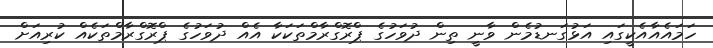
ހަމައެއާއެކީގައި އަޅުގަނޑުމެން ވާނީ ތިން ދުވަހުގެ ޕްރޮގްރާމްތަކަކާ އެއް ދުވަހުގެ ޕްރޮގްރާމްތަކެއް ކުރިއަށް